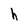
Character: h